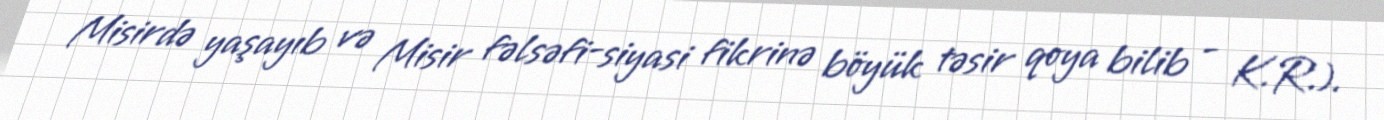
Misirdə yaşayıb və Misir fəlsəfi-siyasi fikrinə böyük təsir qoya bilib - K.R.).